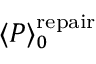
\langle P \rangle _ { 0 } ^ { \mathrm { r e p a i r } }